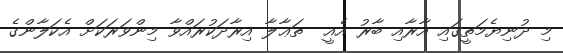
މި ދުނިޔެމަތީގައި އާރާއި ބާރު އެއީ  ތަޢާލާ އިރާދަކުރައްވާ މިންވަރަކަށް އެކަލާންގެ